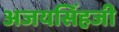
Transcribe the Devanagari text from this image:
अजयसिंहजी